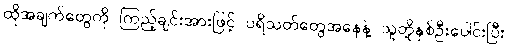
ထိုအချက်တွေကို ကြည့်ချင်းအားဖြင့် ပရိသတ်တွေအနေနဲ့ သူတို့နှစ်ဦးပေါင်းပြီး